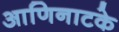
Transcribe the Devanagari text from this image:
आणिनाटके